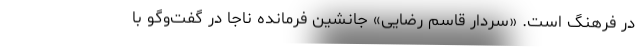
در فرهنگ است. «سردار قاسم رضایی» جانشین فرمانده ناجا در گفت‌وگو با